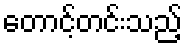
တောင့်တင်းသည့်